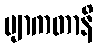
ဗျာကတာနိ